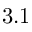
3 . 1